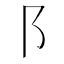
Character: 阝